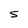
Character: S